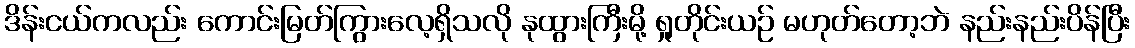
ဒိန်းငယ်ကလည်း ကောင်းမြတ်ကြွားလေ့ရှိသလို နုထွားကြီးမို့ ရှုတိုင်းယဉ် မဟုတ်တော့ဘဲ နည်းနည်းပိန်ပြီး